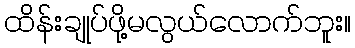
ထိန်းချုပ်ဖို့မလွယ်လောက်ဘူး။